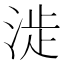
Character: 𣶵